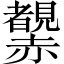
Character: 𧺂